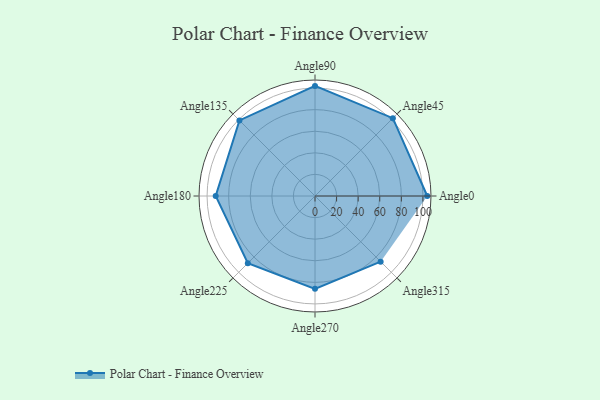
{"axis": {"x": "Angle", "y": "Radius"}, "legend": [""], "data": [{"x": "Angle0", "y": 104.0, "type": ""}, {"x": "Angle45", "y": 102.0, "type": ""}, {"x": "Angle90", "y": 102.0, "type": ""}, {"x": "Angle135", "y": 99.0, "type": ""}, {"x": "Angle180", "y": 92.0, "type": ""}, {"x": "Angle225", "y": 88.0, "type": ""}, {"x": "Angle270", "y": 86.0, "type": ""}, {"x": "Angle315", "y": 86.0, "type": ""}]}